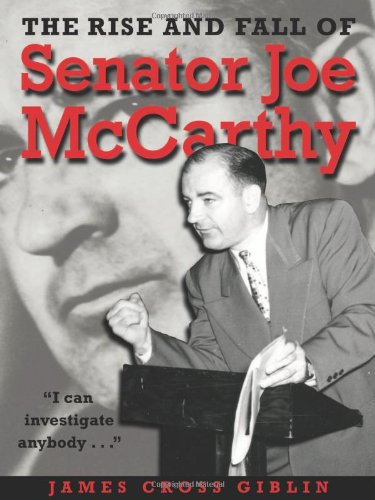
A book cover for The Rise and Fall of Senator Joe McCarthy; James Cross Giblin; Teen & Young Adult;